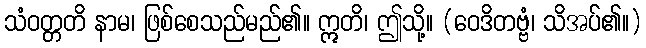
သံဝတ္တတိ နာမ၊ ဖြစ်စေသည်မည်၏။ ဣတိ၊ ဤသို့။ (ဝေဒိတဗ္ဗံ၊ သိအပ်၏။)